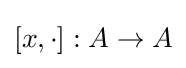
[x,\cdot ]:A\to A